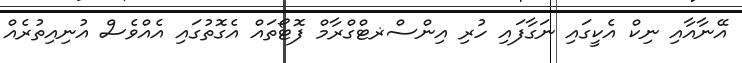
އޭނާއާއި ނިކް އެކީގައި ނަގާފައި ހުރި އިންސްޜޓްގްރާމް ފޮޓޯތައް އެގޮތުގައި އެއްވެސް އުނިއިތުރެއް